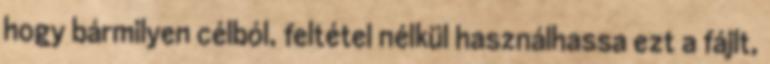
hogy bármilyen célból, feltétel nélkül használhassa ezt a fájlt,